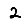
Digit: 2